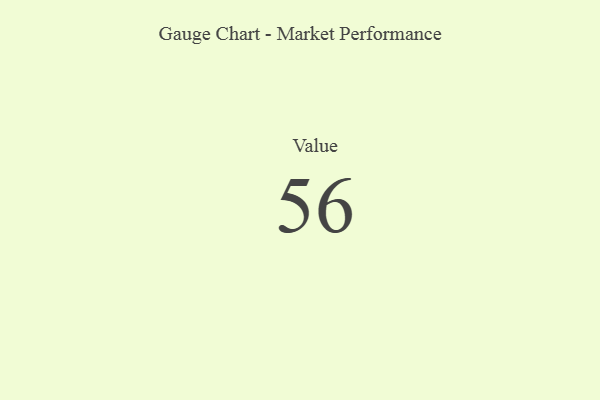
{"axis": {"x": "Metric", "y": "Value"}, "legend": [""], "data": [{"x": "Value", "y": 56, "type": ""}]}